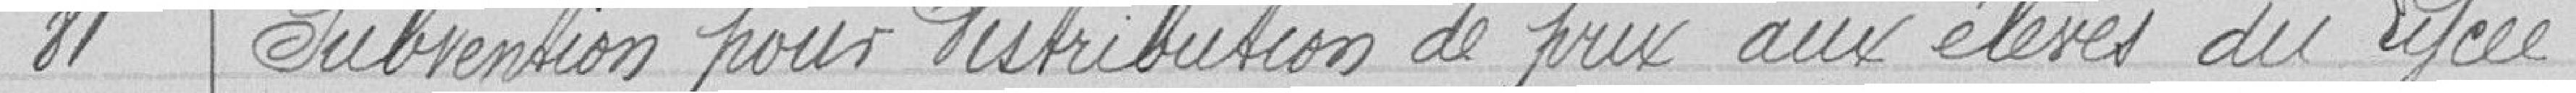
81 subvention pour distribution de prix aux élèves du lycée